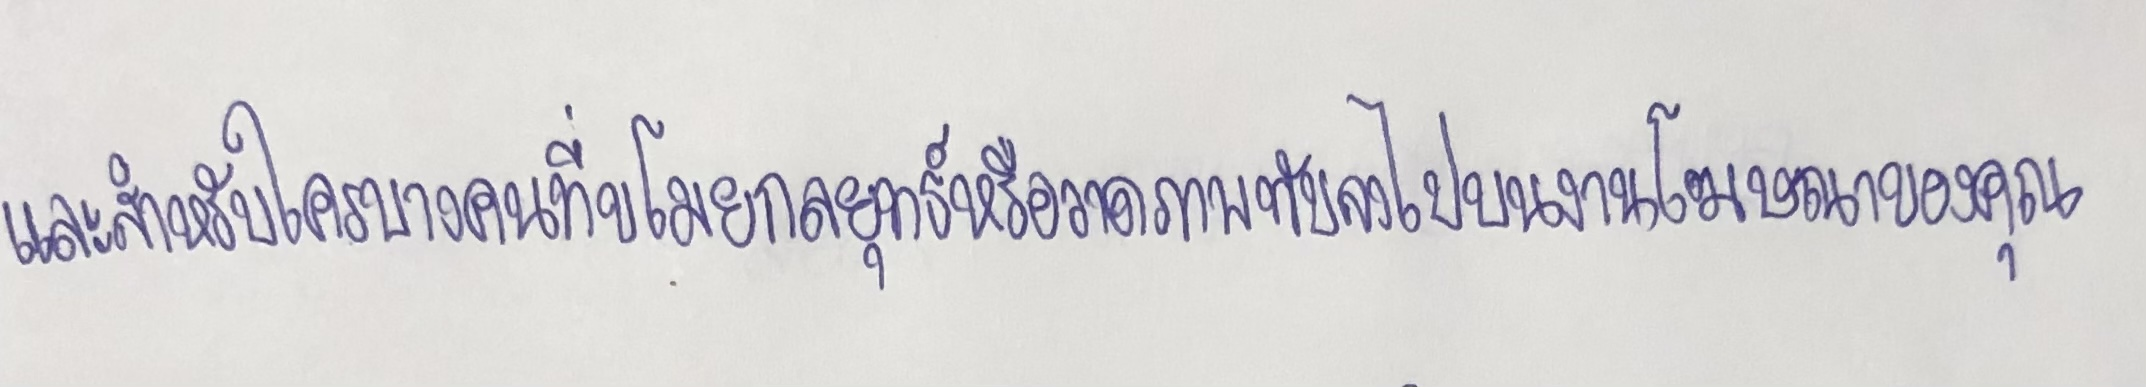
และสำหรับใครบางคนที่ขโมยกลยุทธ์หรือวาดภาพทับลงไปบนงานโฆษณาของคุณ